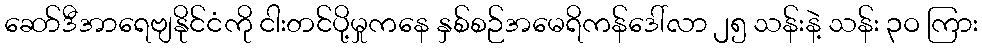
ဆော်ဒီအာရေဗျနိုင်ငံကို ငါးတင်ပို့မှုကနေ နှစ်စဉ်အမေရိကန်ဒေါ်လာ ၂၅ သန်းနဲ့ သန်း ၃ဝ ကြား